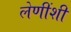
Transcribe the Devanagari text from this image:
लेणींशी